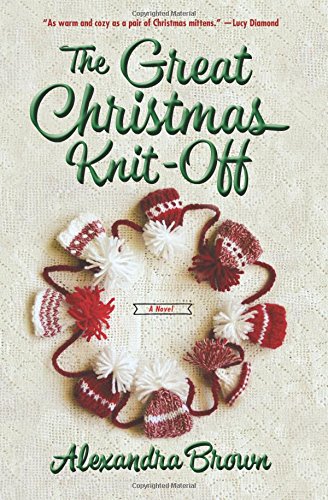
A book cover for The Great Christmas Knit-Off: A Novel (Tindledale); Alexandra Brown; Romance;